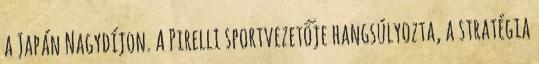
a Japán Nagydíjon. A Pirelli sportvezetője hangsúlyozta, a stratégia